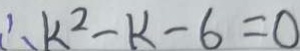
\therefore k ^ { 2 } - k - 6 = 0